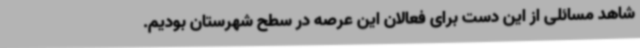
شاهد مسائلی از این دست برای فعالان این عرصه در سطح شهرستان بودیم.